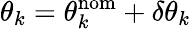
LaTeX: \theta_{k}=\theta_{k}^{\mathrm{nom}}+\delta\theta_{k}